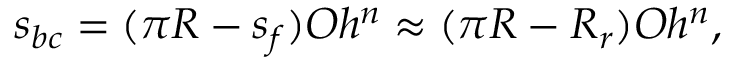
s _ { b c } = ( \pi R - s _ { f } ) O h ^ { n } \approx ( \pi R - R _ { r } ) O h ^ { n } ,